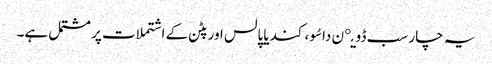
یہ چار سب ڈویږن داسُو ، کندیا پالس اور پٹن کے اشتملات پر مشتمل ہے۔